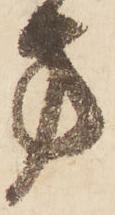
方